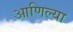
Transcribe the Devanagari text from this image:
आणिल्या